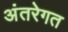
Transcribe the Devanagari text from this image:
अंतरेगत